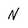
Character: N